Source: Handwritten
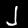
Digit: ၂ (2)